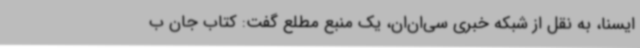
ایسنا، به نقل از شبکه خبری سی‌ان‌ان، یک منبع مطلع گفت: کتاب جان ب